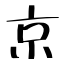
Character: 京